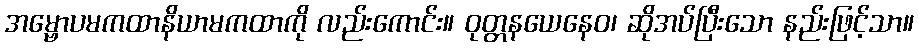
အမ္ဗောပမကထာနိယာမကထာကို လည်းကောင်း။ ဝုတ္တနယေနေဝ၊ ဆိုအပ်ပြီးသော နည်းဖြင့်သာ။